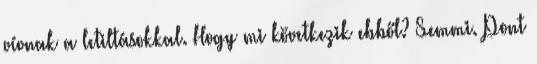
vívnak a letiltásokkal. Hogy mi következik ebből? Semmi. Pont